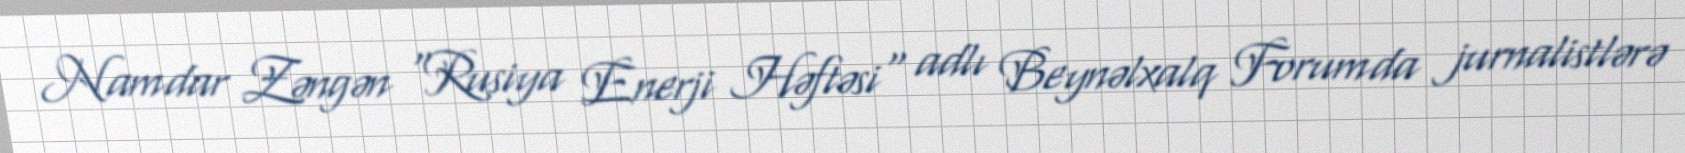
Namdar Zəngən "Rusiya Enerji Həftəsi" adlı Beynəlxalq Forumda jurnalistlərə